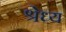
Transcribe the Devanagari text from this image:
श्रेध्य